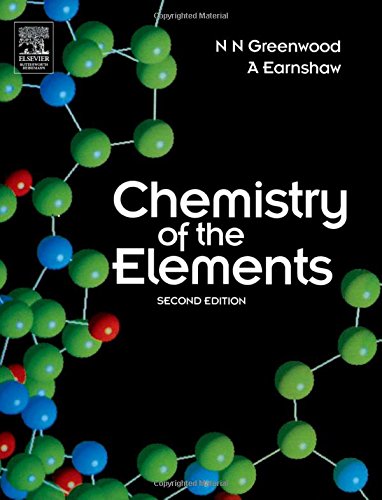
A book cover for Chemistry of the Elements, Second Edition; N. N. Greenwood; Science & Math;